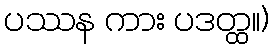
ပဿန ကား ပဒတ္ထ။)